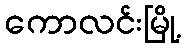
ကောလင်းမြို့